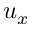
u _ { x }